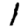
Digit: 1